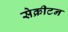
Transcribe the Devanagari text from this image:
सेक्रीटन